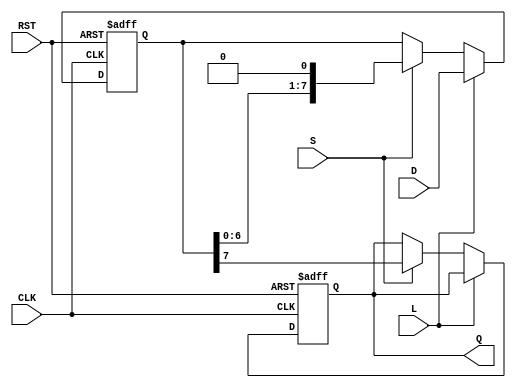
module PISO_Register #(
    parameter N = 8 // Parameter for the width of the data bus
)(
    input wire [N-1:0] D,    // Parallel data input
    input wire L,             // Load signal
    input wire S,             // Shift signal
    input wire CLK,           // Clock signal
    input wire RST,           // Asynchronous reset signal
    output reg Q              // Serial output
);

    reg [N-1:0] shift_reg;    // Shift register to hold the data

    always @(posedge CLK or posedge RST) begin
        if (RST) begin
            shift_reg <= {N{1'b0}}; // Reset the shift register to 0
            Q <= 1'b0;              // Reset the output
        end else begin
            if (L) begin
                shift_reg <= D;     // Load data into the shift register
            end else if (S) begin
                Q <= shift_reg[N-1]; // Shift out the MSB
                shift_reg <= {shift_reg[N-2:0], 1'b0}; // Shift left
            end
        end
    end

endmodule